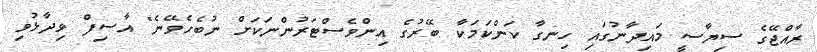
ރާއްޖޭގެ ސިޔާސީ މައިދާނުގައި ހިނގާ ކަންކަމަކާ ބޭރުގެ އިންވެސްޓަރުންނަކަށް ނުބެހެވޭނެ" އާސިފް ވިދާޅުވި